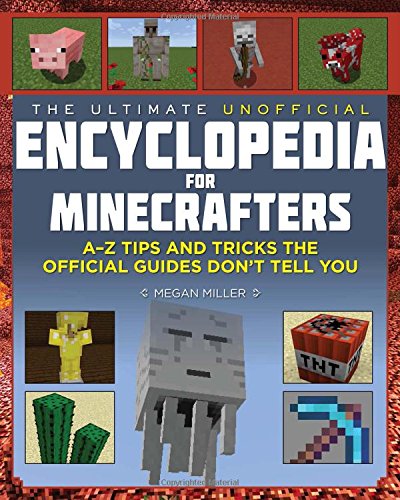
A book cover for The Ultimate Unofficial Encyclopedia for Minecrafters: An A - Z Book of Tips and Tricks the Official Guides Don't Teach You; Megan Miller; Humor & Entertainment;